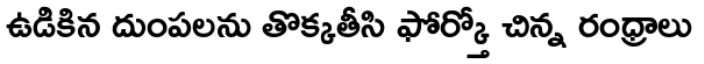
ఉడికిన దుంపలను తొక్కతీసి ఫోర్క్తో చిన్న రంధ్రాలు